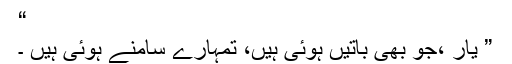
“
” یار ،جو بھی باتیں ہوئی ہیں، تمہارے سامنے ہوئی ہیں ۔